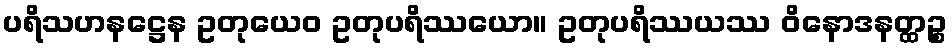
ပရိသဟနဋ္ဌေန ဥတုယေဝ ဥတုပရိဿယော။ ဥတုပရိဿယဿ ဝိနောဒနတ္ထဉ္စ